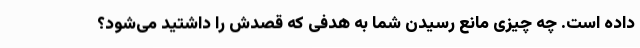
داده است. چه چیزی مانع رسیدن شما به هدفی که قصدش را داشتید می‌شود؟